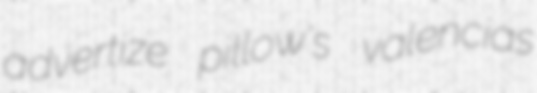
advertize pillow's valencias